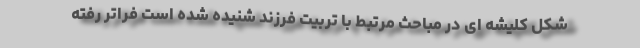
شکل کلیشه ای در مباحث مرتبط با تربیت فرزند شنیده شده است فراتر رفته